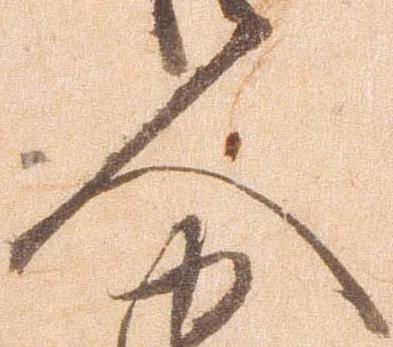
人